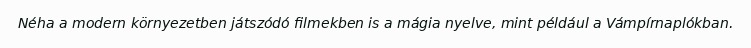
Néha a modern környezetben játszódó filmekben is a mágia nyelve, mint például a Vámpírnaplókban.